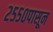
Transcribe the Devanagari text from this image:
२५५०पासून